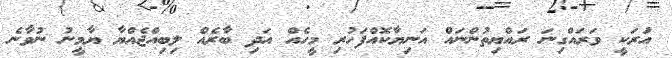
އުަރަކީ ވަރައްގިނަ ރައްޔިތުންނައް އަނިޔާކޮއްފަހުރި މީހެއް އަދި ބާރެއް ލިބިއްޖެއްޔާ ޔާމީނު ނުވާނެ